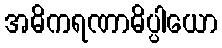
အဓိကရဏာဓိပ္ပါယော